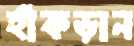
হাঁকড়ান